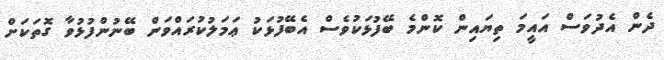
ދެން އެދުވަސް އައީމަ ތިޔައިން ކޮންމެ ބޭފުޅަކުވެސް އެބޭފުޅަކު ޢަމަލުކުރައްވަން ބޭނުންފުޅުވާ ގޮތަކަށް